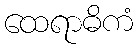
ထေရာဓိကံ